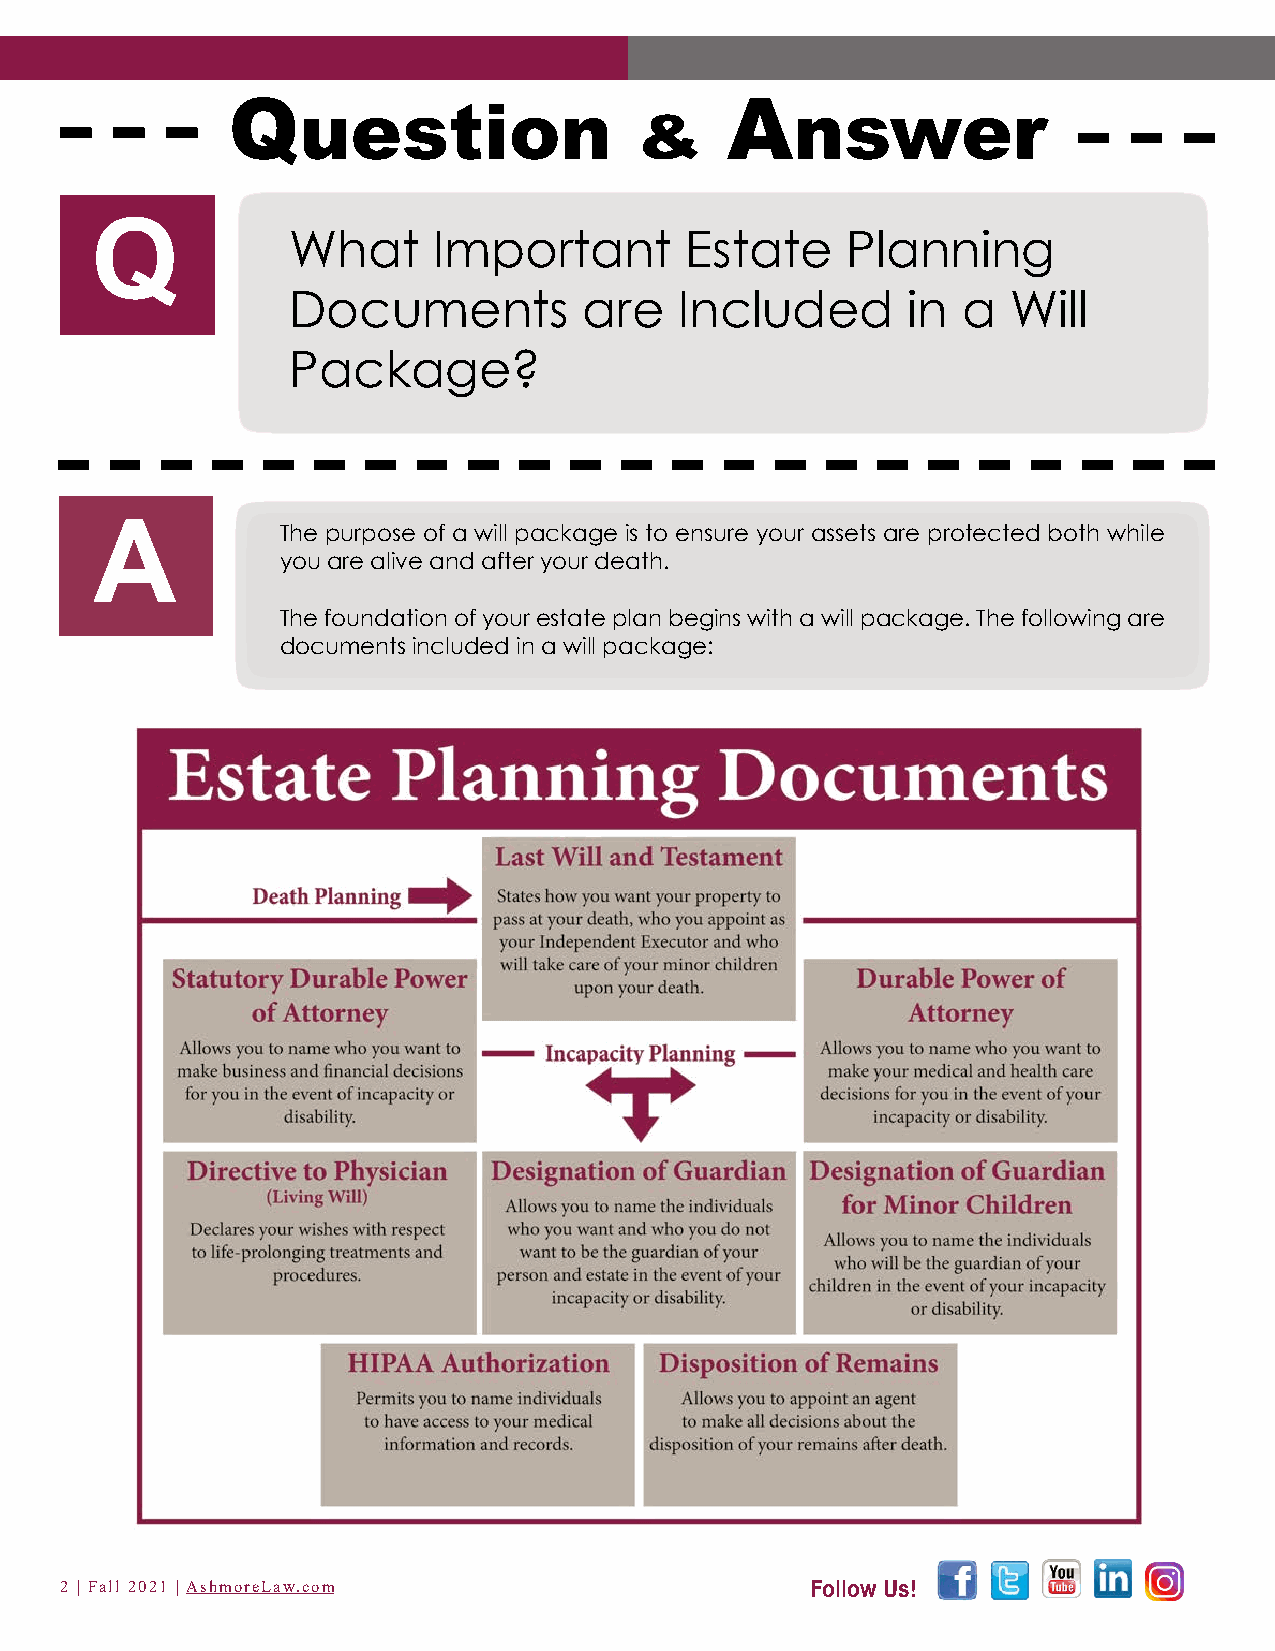
Question                         Answer
 &
 Q            What      Important       Estate     Planning
 Documents           are   Included       in  a  Will
 Package?
 A            The purpose of a will package is to ensure your assets are protected both while
 you are alive and after your death.
 The foundation of your estate plan begins with a will package. The following are
 documents included in a will package:
 2 | Fall 2021 | AshmoreLaw.com                    Follow Us!